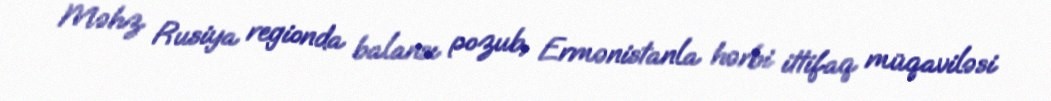
Məhz Rusiya regionda balansı pozub, Ermənistanla hərbi ittifaq müqaviləsi